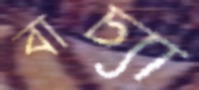
বাচ্যা